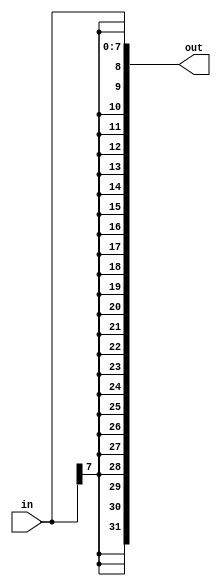
module top_module (
	input [7:0] in,
	output [31:0] out);

	// Concatena:
	// 1: {in[7]} repetido 24 vezes (24 bits)
	// 2: in[7:0] (8 bits)
	assign out = { {24{in[7]}}, in };
endmodule